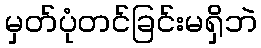
မှတ်ပုံတင်ခြင်းမရှိဘဲ